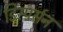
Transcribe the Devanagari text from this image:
डिस्पर्सन